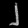
Digit: ၂